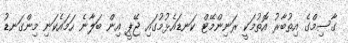
ގާސިމްގެ އިތުބާރު އޮތުމަކީ ރަނިންމޭޓް ކަނޑައެޅުމުގައި ޖޭޕީ އިން ބަލާނެ ހަމައެކަނި މިންގަނޑު